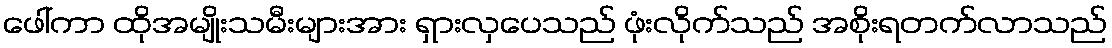
ဖေါ်ကာ ထိုအမျိုးသမီးများအား ရှားလှပေသည် ဖုံးလိုက်သည် အစိုးရတက်လာသည်